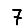
Digit: 7